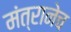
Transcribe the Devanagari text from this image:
मंत्रानेच